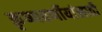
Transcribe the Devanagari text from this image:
कृष्णवर्णीयांसाठी